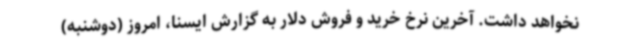
نخواهد داشت. آخرین نرخ خرید و فروش دلار به گزارش ایسنا، امروز (دوشنبه)